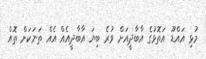
މުޅި އައްޑޫ އަތޮޅުގެ އާބާދީއަށް ވުރެ ބިޔަ އާބާދީއެއްް އެއް ތަނަކަށް ތޮއް